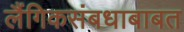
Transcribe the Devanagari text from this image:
लैंगिकसंबधाबाबत